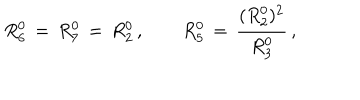
R _ { 6 } ^ { 0 } \, = \, R _ { 7 } ^ { 0 } \, = \, R _ { 2 } ^ { 0 } \, , \qquad R _ { 5 } ^ { 0 } \, = \, \frac { ( R _ { 2 } ^ { 0 } ) ^ { 2 } } { R _ { 3 } ^ { 0 } } \, ,